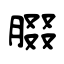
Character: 腏